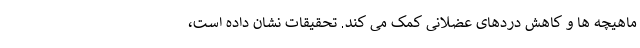
ماهیچه ها و کاهش دردهای عضلانی کمک می کند. تحقیقات نشان داده است،